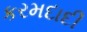
કરમદાદી